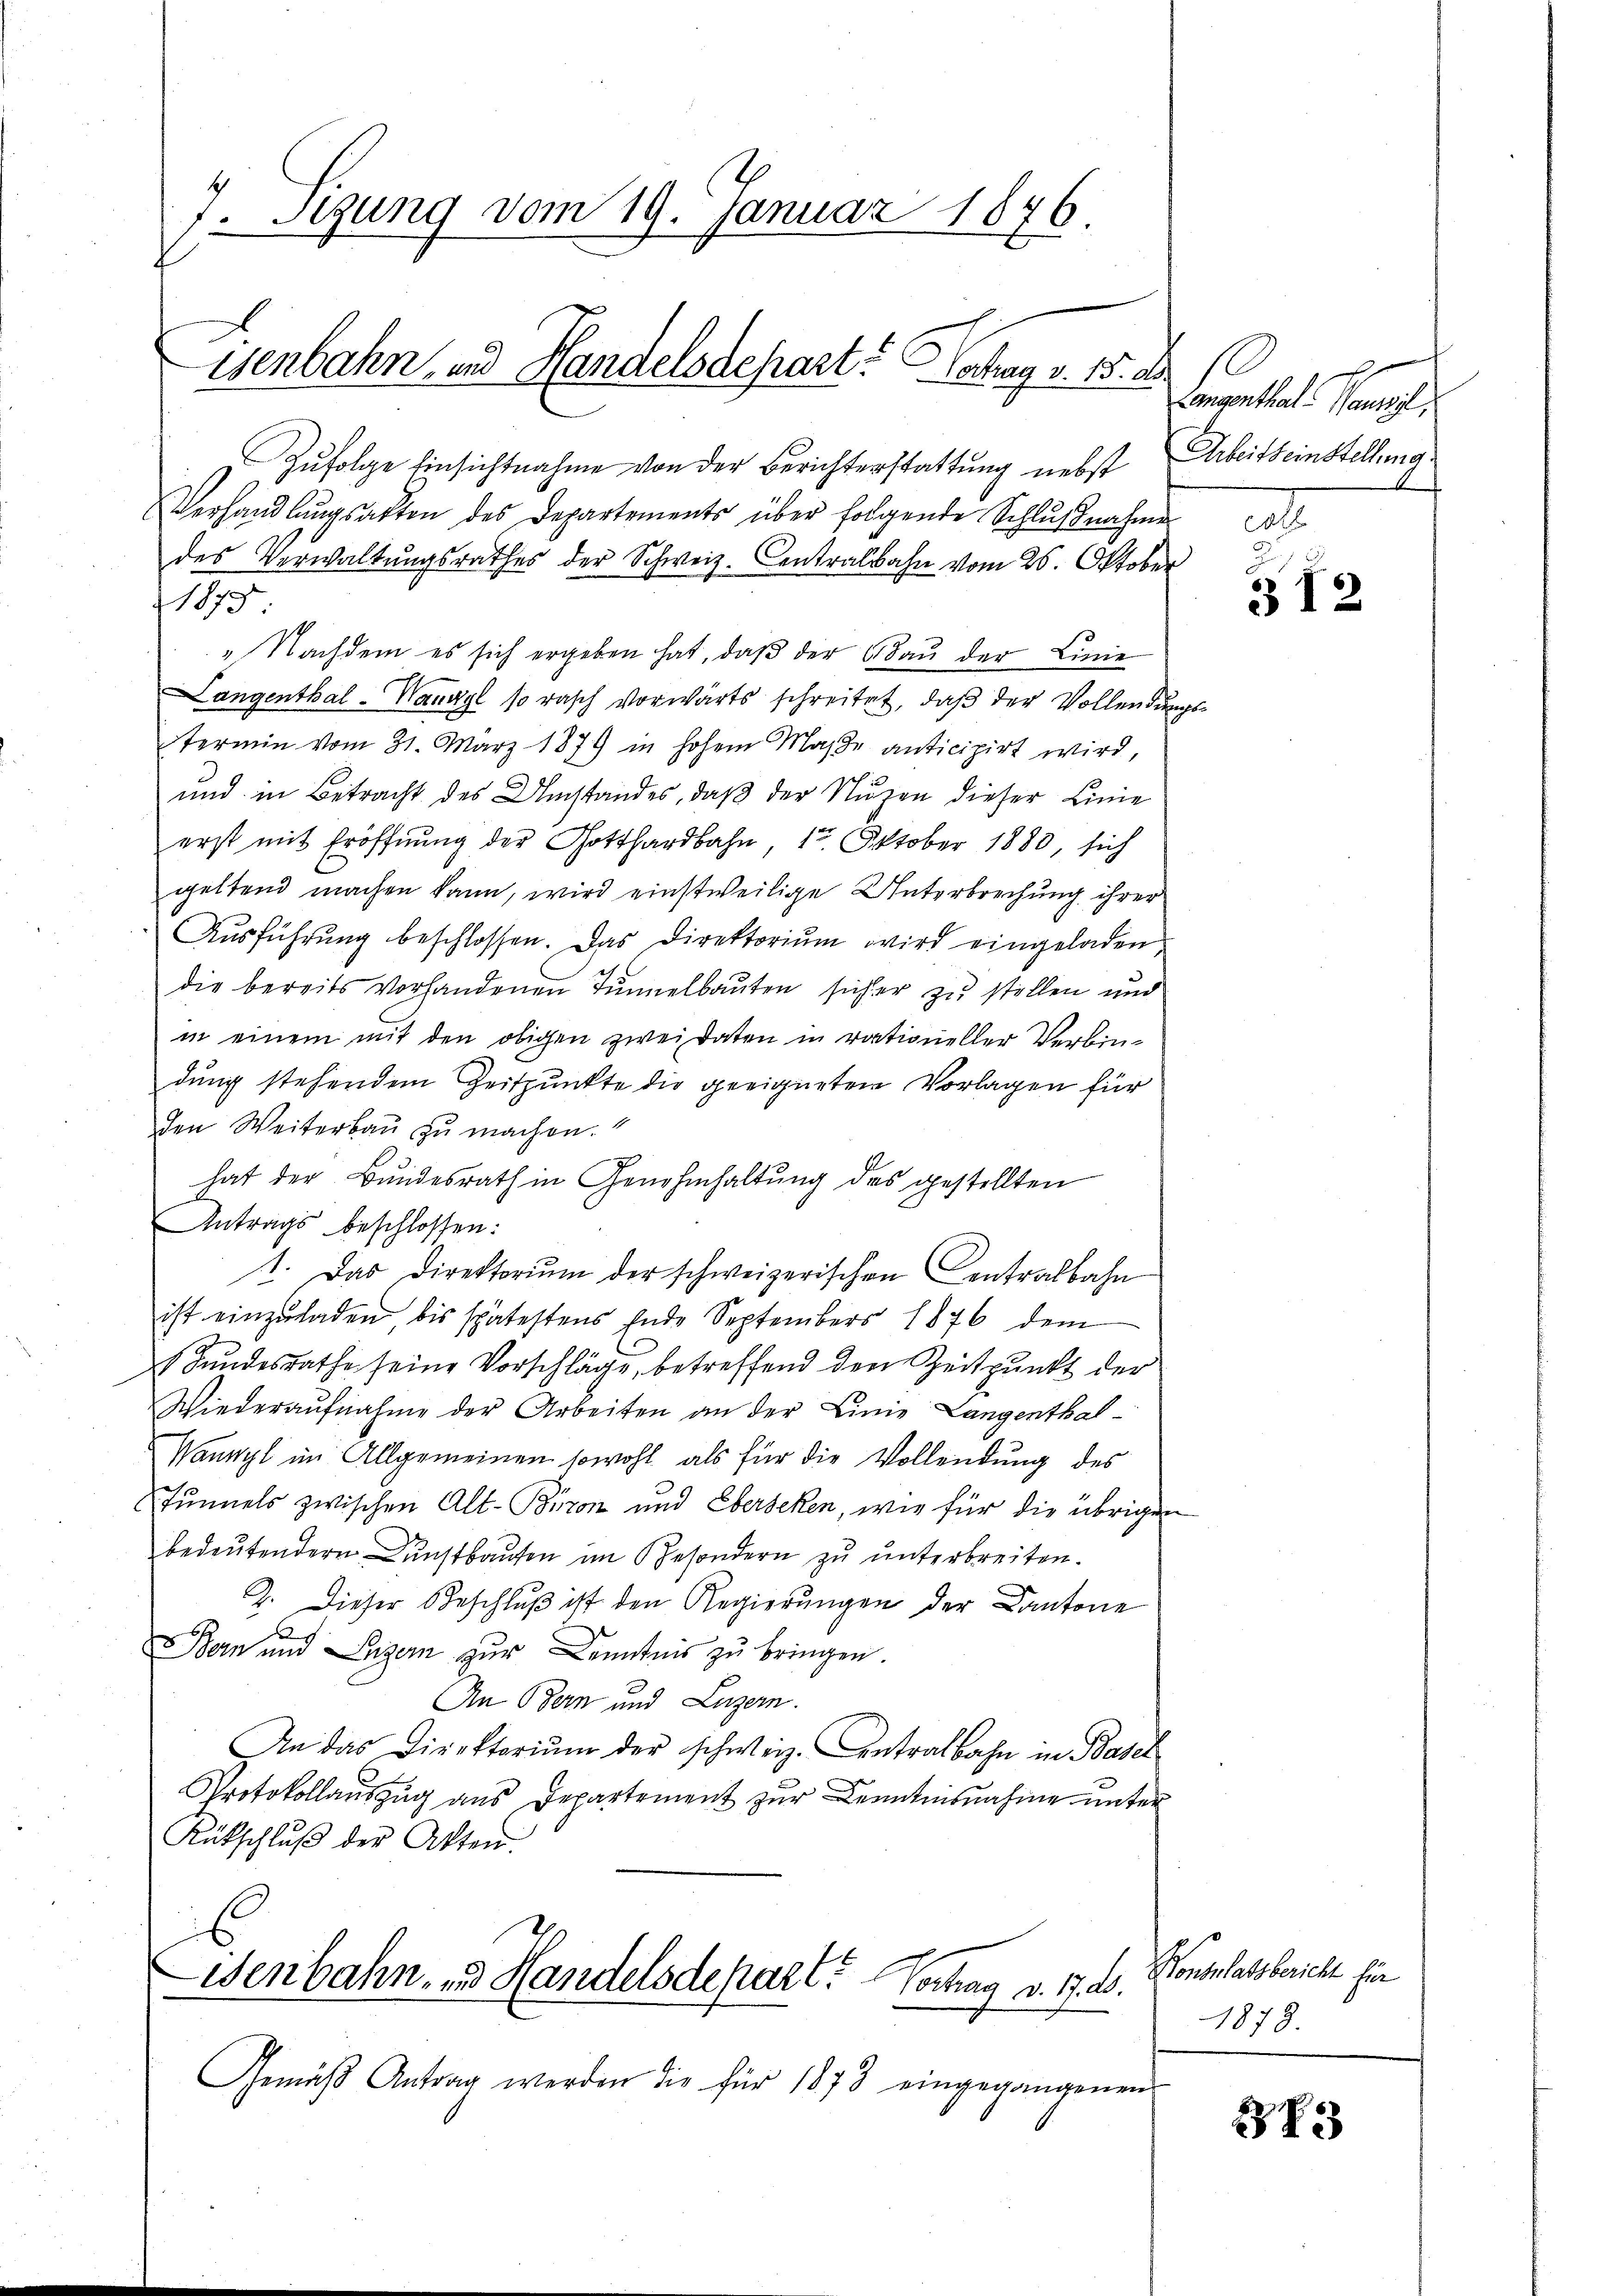
7. Segung vom 19. Januar 1876.

isenbahn, und Handelsdepart. Vertrag v. 15. a

Wenbahn zu Handelsdepart? Vertrag v. 17. d.

Zufolge Einsichtnahme von der Berichterstattung nebst Arbeitseinstellung.
Verhandlŭngsakten des Departements über folgende Schlŭβnahme
des Verwaltungsrathes der Schweiz. Centralbahn vom 26. Oktober
1875
". Nachdem es sich ergeben hat, daβ der Bau der Linie
Langenthal-Waasyl so rasch vorwärts schreitet, daß der Vollendungstermin vom 31. März 1879 in hohem Maβe anticipirt wird,
 12
und in Betracht des Umstandes, daß der Nuzen dieser Linie
erst mit Eröffnung der Gotthardbahn 12. Oktober 1880, sich
geltend machen kann, wird einstweilige Unterbrechung ihrer
Ausführung beschlossen. Das Direktorium wird eingeladen,
die bereits vorhandenen Tunnelbauten sicher zu stellen und
in einem mit den obigen zwei Daten in rationeller Verbindung stehendem Zeitpunkte die geeigneten Vorlagen für
den Weiterbau zu machen.“
hat der Bundesrath in Genehmhaltung des gestellten
Antrags beschlossen:
1. Das Direktoriŭm der schweizerischen Centralbahn
ist einzuladen bis spätestens Ende Septembers 1876 dem
(Bundesrathe seine Vorschläge, betreffend den Zeitpunkt der
Wiederaŭfnahme der Arbeiten an der Linie Langenthal¬
Wannyl im Allgemeinen sowohl als für die Vollendung des
Tunnels zwischen Alt-Büren und Ebersehen, wie für die übrigen
bedeutendern Kunstbauten im Besondern zu unterbreiten.
2. Dieser Beschlŭβ ist den Regierŭngen der Cantone
Bern und Luzern zur Kenntnis zu bringen.
An Bern und Luzern.
An das Direktoriŭm der schweiz. Centralbahn in Basel
Protokollauszug aus Departement zur Kenntnisnahme unter
Rütschlŭβ der Akten.

Gemäβ Antrag werden die für 1873 eingegangenen

s
Langenthal-Tauweil,
ot

312

Menschaelsberichte sie
1873.

2 S. 23